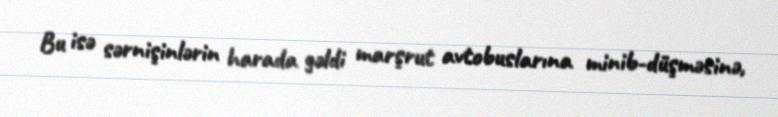
Bu isə sərnişinlərin harada gəldi marşrut avtobuslarına minib-düşməsinə,